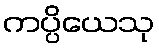
ကပ္ပိယေသု